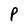
Character: P